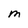
Character: M